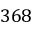
3 6 8